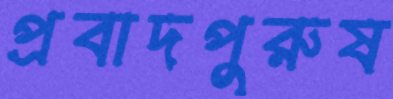
প্রবাদপুরুষ